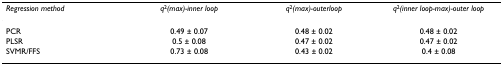
<table><thead><tr><td><b><i>Regression method</i></b></td><td><b><i>q</i><sup>2</sup><i>(max)-inner loop</i></b></td><td><b><i>q</i><sup>2</sup><i>(max)-outerloop</i></b></td><td><b><i>q</i><sup>2</sup><i>(inner loop-max)-outer loop</i></b></td></tr></thead><tbody><tr><td>PCR</td><td>0.49 ± 0.07</td><td>0.48 ± 0.02</td><td>0.48 ± 0.02</td></tr><tr><td>PLSR</td><td>0.5 ± 0.08</td><td>0.47 ± 0.02</td><td>0.47 ± 0.02</td></tr><tr><td>SVMR/FFS</td><td>0.73 ± 0.08</td><td>0.43 ± 0.02</td><td>0.4 ± 0.08</td></tr></tbody></table>